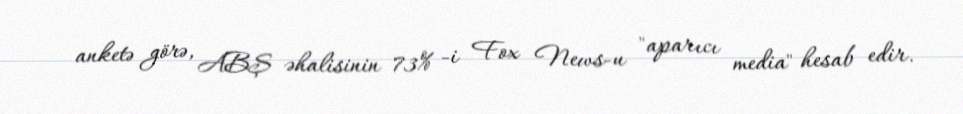
anketə görə, ABŞ əhalisinin 73% -i Fox News-u "aparıcı media" hesab edir.